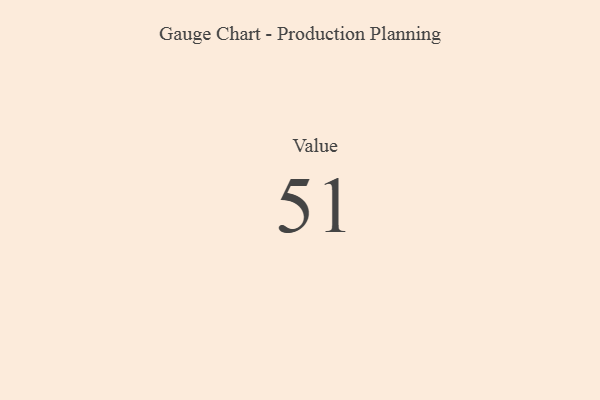
{"axis": {"x": "Metric", "y": "Value"}, "legend": [""], "data": [{"x": "Value", "y": 51, "type": ""}]}